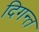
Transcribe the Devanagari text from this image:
दिगन्‍त